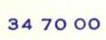
 34 70 00